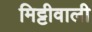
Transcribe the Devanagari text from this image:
मिट्टीवाली